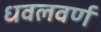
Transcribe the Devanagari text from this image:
धवलवर्ण